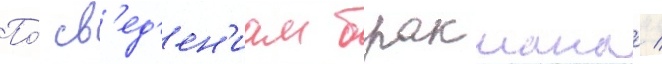
По́ св'ед'ен'иам бракмана /